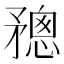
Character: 𥎋